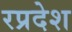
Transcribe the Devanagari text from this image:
रप्रदेश